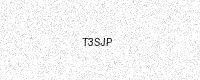
Text: T3SJP